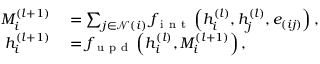
\begin{array} { r l } { M _ { i } ^ { ( l + 1 ) } } & { { } = \sum _ { j \in \mathcal { N } ( i ) } f _ { \mathrm { ~ i ~ n ~ t ~ } } \left( h _ { i } ^ { ( l ) } , h _ { j } ^ { ( l ) } , e _ { ( i j ) } \right) , } \\ { h _ { i } ^ { ( l + 1 ) } } & { { } = f _ { \mathrm { ~ u ~ p ~ d ~ } } \left( h _ { i } ^ { ( l ) } , M _ { i } ^ { ( l + 1 ) } \right) , } \end{array}